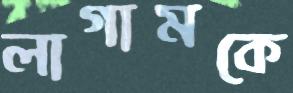
লাগামকে